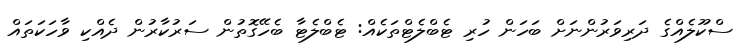
ސްކޫލެއްގެ ދަރިވަރުންނަށް ބަހަން ހުރި ޓެބްލެޓްތަކެއް: ޓެބްލެޓާ ބެހޭގޮތުން ސަރުކާރުން ދެއްކި ވާހަކަތައް